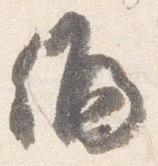
偏